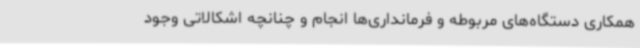
همکاری دستگاه‌های مربوطه و فرمانداری‌ها انجام و چنانچه اشکالاتی وجود